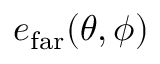
\boldsymbol { e } _ { \mathrm { f a r } } ( \theta , \phi )